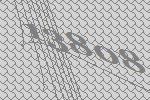
13808